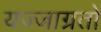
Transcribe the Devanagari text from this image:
यज्जाग्रतो